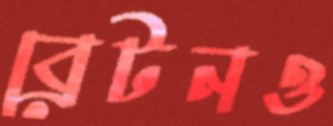
ব্রেটনও